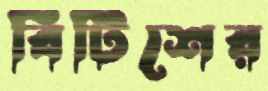
বিটিশের